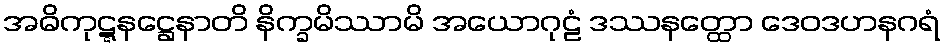
အဓိကုဋ္ဋနဋ္ဌေနာတိ နိက္ခမိဿာမိ အယောဂုဠံ ဒဿနတ္ထော ဒေဝဒဟနဂရံ